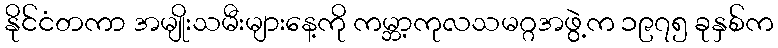
နိုင်ငံတကာ အမျိုးသမီးများနေ့ကို ကမ္ဘာ့ကုလသမဂ္ဂအဖွဲ့က ၁၉၇၅ ခုနှစ်က